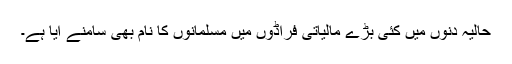
حالیہ دنوں میں کئی بڑے مالیاتی فراڈوں میں مسلمانوں کا نام بھی سامنے آیا ہے۔